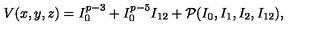
V ( x , y , z ) = I _ { 0 } ^ { p - 3 } + I _ { 0 } ^ { p - 5 } I _ { 1 2 } + { \cal P } ( I _ { 0 } , I _ { 1 } , I _ { 2 } , I _ { 1 2 } ) ,